Source: Handwritten
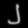
Digit: ၂ (2)